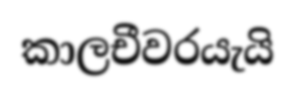
කාලචීවරයැයි